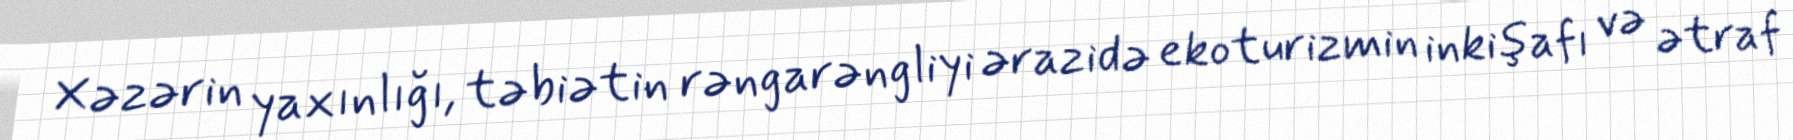
Xəzərin yaxınlığı, təbiətin rəngarəngliyi ərazidə ekoturizmin inkişafı və ətraf